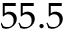
5 5 . 5